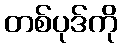
တစ်ပုဒ်ကို